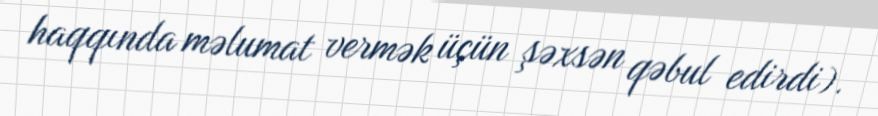
haqqında məlumat vermək üçün şəxsən qəbul edirdi).